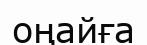
оңайға